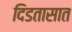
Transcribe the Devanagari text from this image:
दिडतासात